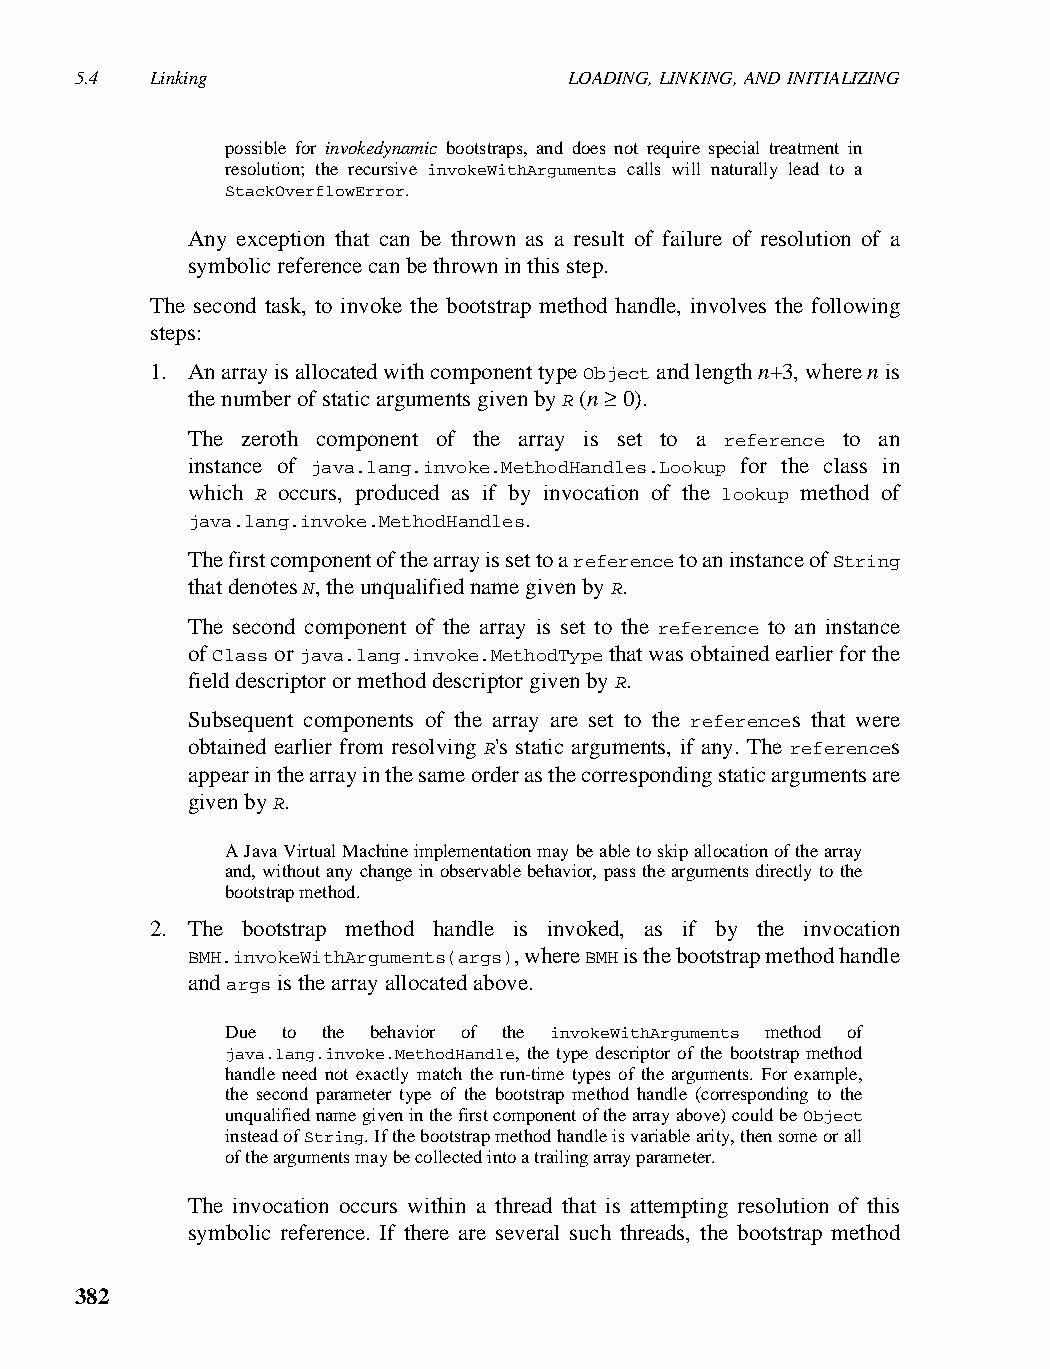
5.4  Linking                     LOADING, LINKING, AND INITIALIZING
 possible for invokedynamic bootstraps, and does not require special treatment in
 resolution; the recursive invokeWithArguments calls will naturally lead to a
 StackOverflowError.
 Any exception that can be thrown as a result of failure of resolution of a
 symbolic reference can be thrown in this step.
 The second task, to invoke the bootstrap method handle, involves the following
 steps:
 1. An array is allocated with component type Object and length n+3, where n is
 the number of static arguments given by R (n ≥ 0).
 The zeroth component of the array is set to a reference to an
 instance of java.lang.invoke.MethodHandles.Lookup for the class in
 which R occurs, produced as if by invocation of the lookup method of
 java.lang.invoke.MethodHandles.
 The first component of the array is set to a reference to an instance of String
 that denotes N, the unqualified name given by R.
 The second component of the array is set to the reference to an instance
 of Class or java.lang.invoke.MethodType that was obtained earlier for the
 field descriptor or method descriptor given by R.
 Subsequent components of the array are set to the references that were
 obtained earlier from resolving R's static arguments, if any. The references
 appear in the array in the same order as the corresponding static arguments are
 given by R.
 A Java Virtual Machine implementation may be able to skip allocation of the array
 and, without any change in observable behavior, pass the arguments directly to the
 bootstrap method.
 2. The bootstrap method handle is invoked, as if by the invocation
 BMH.invokeWithArguments(args), where BMH is the bootstrap method handle
 and args is the array allocated above.
 Due to the behavior of the invokeWithArguments method of
 java.lang.invoke.MethodHandle, the type descriptor of the bootstrap method
 handle need not exactly match the run-time types of the arguments. For example,
 the second parameter type of the bootstrap method handle (corresponding to the
 unqualified name given in the first component of the array above) could be Object
 instead of String. If the bootstrap method handle is variable arity, then some or all
 of the arguments may be collected into a trailing array parameter.
 The invocation occurs within a thread that is attempting resolution of this
 symbolic reference. If there are several such threads, the bootstrap method
 382